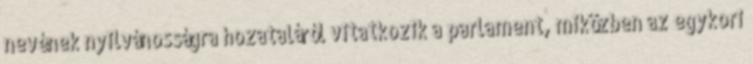
nevének nyilvánosságra hozataláról vitatkozik a parlament, miközben az egykori